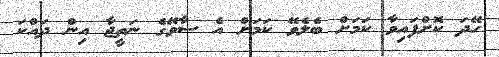
ހޭދަ ކޮށްފައިވާ ކަމަށް ބެލެވޭ ކަމަށް އެ ސާވޭގެ ނަތީޖާ އިން ދައްކަ